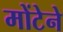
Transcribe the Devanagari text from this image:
मोंटेने